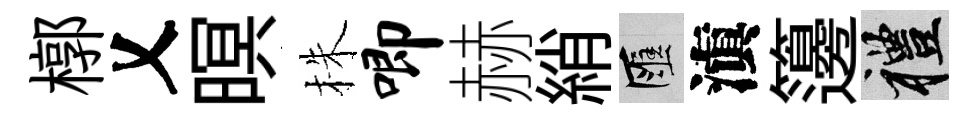
槨乂暝株唧赫綃匯滇籩禮